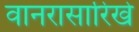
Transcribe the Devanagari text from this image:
वानरासारिखे